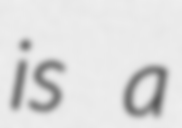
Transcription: is a